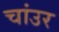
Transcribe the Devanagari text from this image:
चांउर